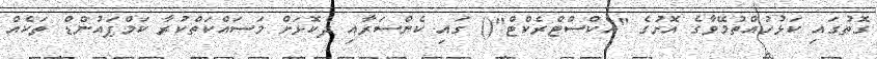
ގޮތުގައި ކަޅުހުއްތުމޭވާގެ އޮށުގެ "އެކްސްޓްރެކްޓް"() ގައި ކެންސަރާއި ދެކޮޅަށް މަސައްކަތްކުރާ ކަމްޕައުންޑް ތަކެއް